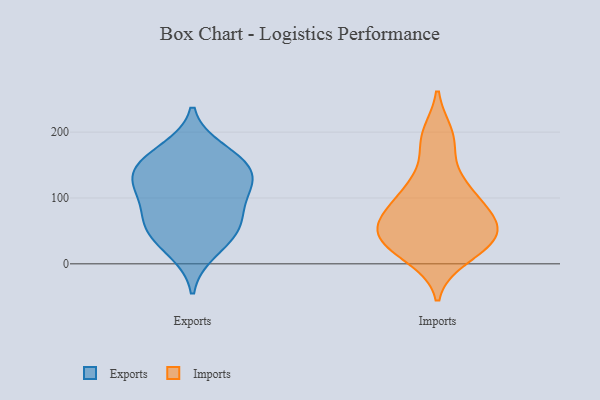
{"axis": {"x": "Inventory Turnover", "y": "Value"}, "legend": ["Exports", "Imports"], "data": [{"x": "", "y": 19, "type": "Exports"}, {"x": "", "y": 65, "type": "Exports"}, {"x": "", "y": 78, "type": "Exports"}, {"x": "", "y": 157, "type": "Exports"}, {"x": "", "y": 129, "type": "Exports"}, {"x": "", "y": 130, "type": "Exports"}, {"x": "", "y": 50, "type": "Exports"}, {"x": "", "y": 154, "type": "Exports"}, {"x": "", "y": 121, "type": "Exports"}, {"x": "", "y": 173, "type": "Exports"}, {"x": "", "y": 47, "type": "Exports"}, {"x": "", "y": 107, "type": "Exports"}, {"x": "", "y": 22, "type": "Imports"}, {"x": "", "y": 57, "type": "Imports"}, {"x": "", "y": 65, "type": "Imports"}, {"x": "", "y": 63, "type": "Imports"}, {"x": "", "y": 115, "type": "Imports"}, {"x": "", "y": 106, "type": "Imports"}, {"x": "", "y": 176, "type": "Imports"}, {"x": "", "y": 10, "type": "Imports"}, {"x": "", "y": 29, "type": "Imports"}, {"x": "", "y": 45, "type": "Imports"}, {"x": "", "y": 112, "type": "Imports"}, {"x": "", "y": 196, "type": "Imports"}, {"x": "", "y": 67, "type": "Imports"}, {"x": "", "y": 19, "type": "Imports"}, {"x": "", "y": 194, "type": "Imports"}, {"x": "", "y": 62, "type": "Imports"}, {"x": "", "y": 34, "type": "Imports"}, {"x": "", "y": 77, "type": "Imports"}, {"x": "", "y": 41, "type": "Imports"}, {"x": "", "y": 117, "type": "Imports"}]}